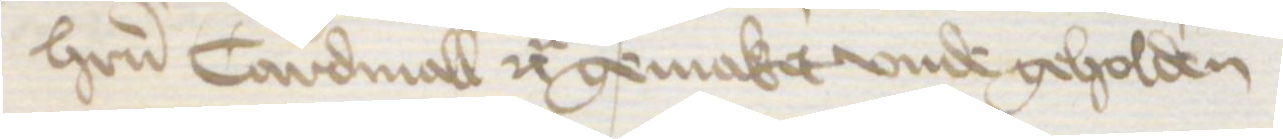
herrn Cardinall etc gemaket vnde geholden